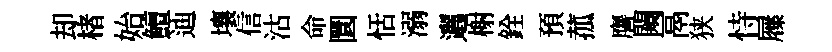
却楮始鱣迪壤信沽命圜恬溺邐榭銓預菰譍闚鬲狭恃屧